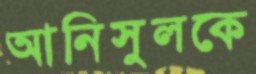
আনিসুলকে